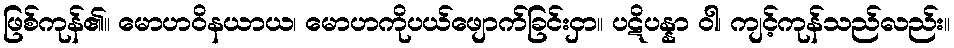
ဖြစ်ကုန်၏။ မောဟဝိနယာယ၊ မောဟကိုပယ်ဖျောက်ခြင်းငှာ။ ပဋိပန္နာ ဝါ၊ ကျင့်ကုန်သည်လည်း။